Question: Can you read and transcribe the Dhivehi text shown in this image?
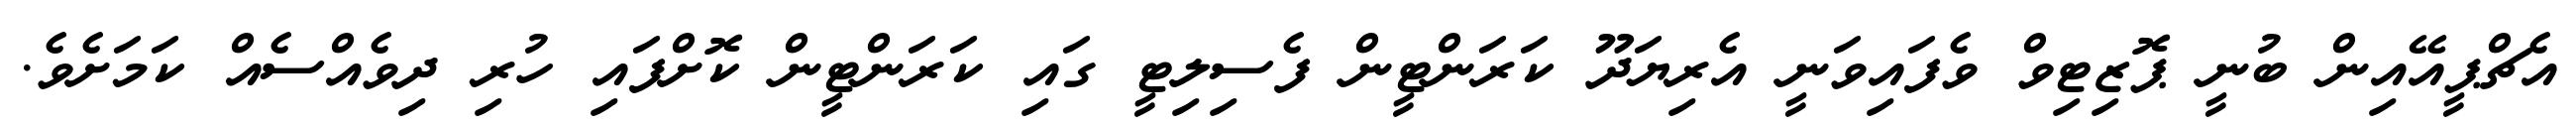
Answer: އެޗްޕީއޭއިން ބުނީ ޕޮޒިޓިވް ވެފައިވަނީ އެރިޔަދޫ ކަރަންޓީން ފެސިލިޓީ ގައި ކަރަންޓީން ކޮށްފައި ހުރި ދިވެއްސެއް ކަމަށެވެ.